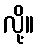
လို့။